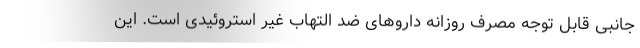
جانبی قابل توجه مصرف روزانه داروهای ضد التهاب غیر استروئیدی است. این